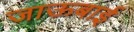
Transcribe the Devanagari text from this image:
जाऊबाई